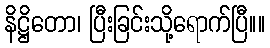
နိဋ္ဌိတော၊ ပြီးခြင်းသို့ရောက်ပြီ။။